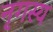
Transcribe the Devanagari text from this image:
नृगस्य